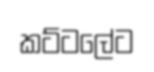
කට්ටලේට